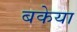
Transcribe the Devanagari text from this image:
बकेया